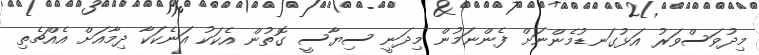
މިދުވަސްވަރު އަޅުގަނޑުމެންނަށް ފެންނަމުން މިދަނީ ސިޔާސީ ގޮތުން އެކަކު އަނެކަކާ ދިމާއަށް އެއްޗެތި